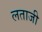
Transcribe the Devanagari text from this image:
लताजी